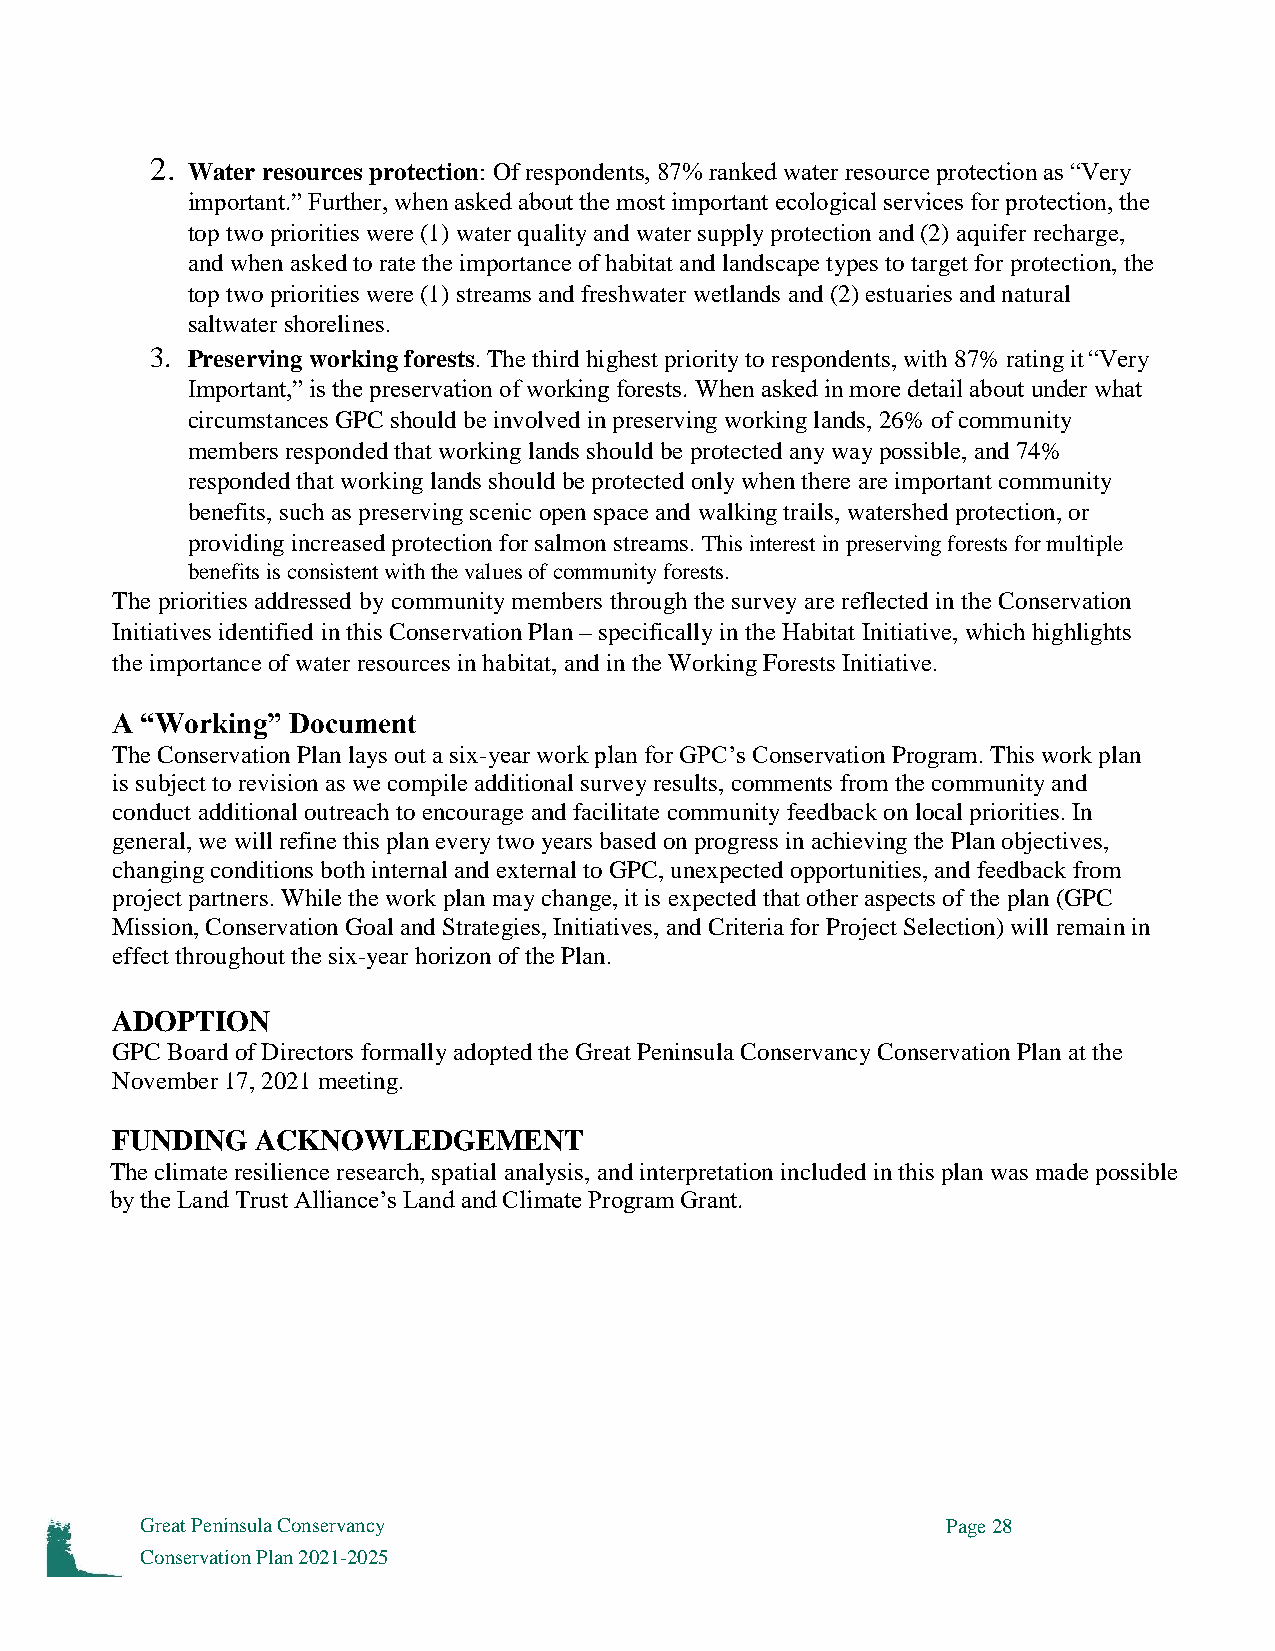
2.
 Water resources protection: Of respondents, 87% ranked water resource protection as “Very
 important.” Further, when asked about the most important ecological services for protection, the
 top two priorities were (1) water quality and water supply protection and (2) aquifer recharge,
 and when asked to rate the importance of habitat and landscape types to target for protection, the
 top two priorities were (1) streams and freshwater wetlands and (2) estuaries and natural
 saltwater shorelines.
 3. Preserving working forests. The third highest priority to respondents, with 87% rating it “Very
 Important,” is the preservation of working forests. When asked in more detail about under what
 circumstances GPC should be involved in preserving working lands, 26% of community
 members responded that working lands should be protected any way possible, and 74%
 responded that working lands should be protected only when there are important community
 benefits, such as preserving scenic open space and walking trails, watershed protection, or
 providing increased protection for salmon streams. This interest in preserving forests for multiple
 benefits is consistent with the values of community forests.
 The priorities addressed by community members through the survey are reflected in the Conservation
 Initiatives identified in this Conservation Plan – specifically in the Habitat Initiative, which highlights
 the importance of water resources in habitat, and in the Working Forests Initiative.
 A “Working” Document
 The Conservation Plan lays out a six-year work plan for GPC’s Conservation Program. This work plan
 is subject to revision as we compile additional survey results, comments from the community and
 conduct additional outreach to encourage and facilitate community feedback on local priorities. In
 general, we will refine this plan every two years based on progress in achieving the Plan objectives,
 changing conditions both internal and external to GPC, unexpected opportunities, and feedback from
 project partners. While the work plan may change, it is expected that other aspects of the plan (GPC
 Mission, Conservation Goal and Strategies, Initiatives, and Criteria for Project Selection) will remain in
 effect throughout the six-year horizon of the Plan.
 ADOPTION
 GPC Board of Directors formally adopted the Great Peninsula Conservancy Conservation Plan at the
 November 17, 2021 meeting.
 FUNDING   ACKNOWLEDGEMENT
 The climate resilience research, spatial analysis, and interpretation included in this plan was made possible
 by the Land Trust Alliance’s Land and Climate Program Grant.
 Great Peninsula Conservancy                           Page 28
 Conservation Plan 2021-2025